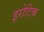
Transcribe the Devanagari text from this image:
इरोटिक